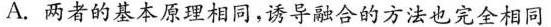
A. 两者的基本原理相同，诱导融合的方法也完全相同